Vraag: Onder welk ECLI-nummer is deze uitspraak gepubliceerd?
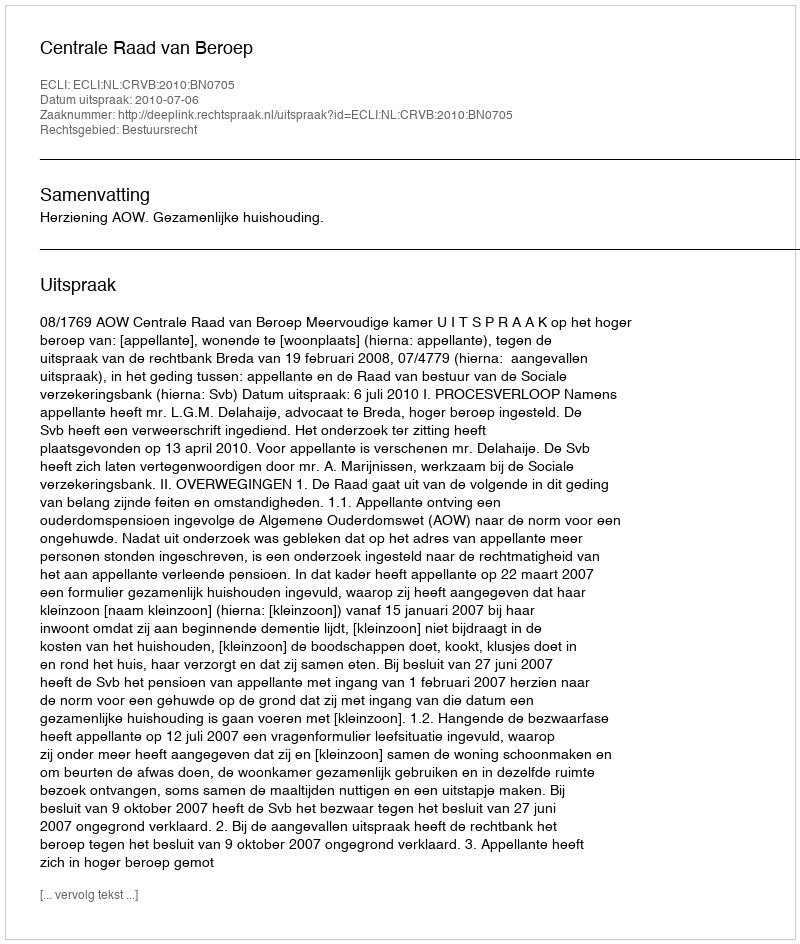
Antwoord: ECLI:NL:CRVB:2010:BN0705